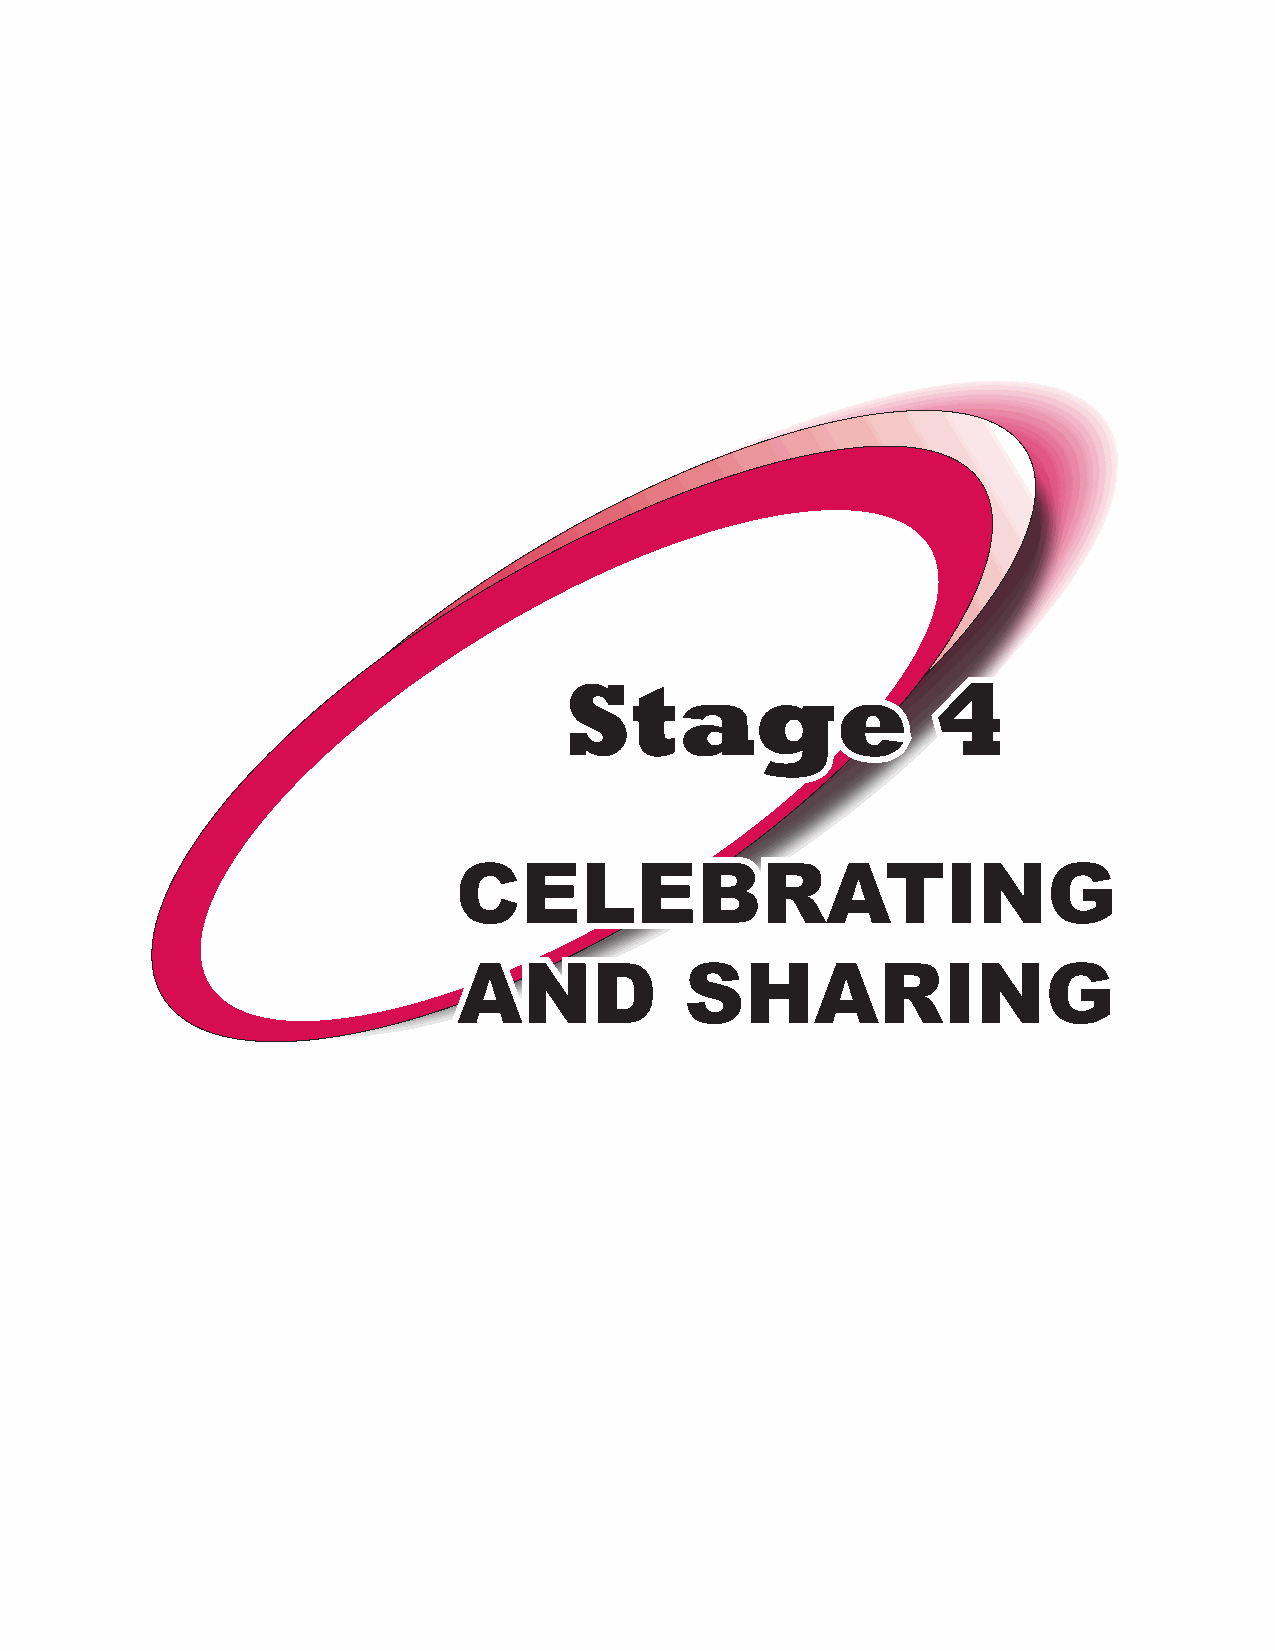
Stage                    4
 CELEBRATING
 AND            SHARING